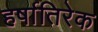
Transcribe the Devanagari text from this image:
हर्षातिरेक